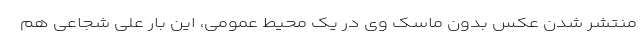
منتشر شدن عکس بدون ماسک وی در یک محیط عمومی، این بار علی شجاعی هم